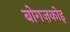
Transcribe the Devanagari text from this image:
बोगज़कोइ